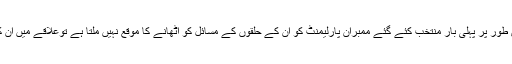
اگر ممبران پارلیمنٹ، خاص طور پر پہلی بار منتخب کئے گئے ممبران پارلیمنٹ کو ان کے حلقوں کے مسائل کو اٹھانے کا موقع نہیں ملتا ہے توعلاقے میں ان کی ساکھ متاثر ہو سکتی ہے۔